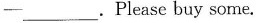
-\underline.Please buy some.